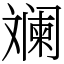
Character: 斓